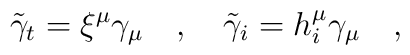
\tilde{\gamma}_t=\xi^\mu\gamma_\mu~~~,~~~ \tilde{\gamma}_i=h_i^\mu \gamma_\mu~~~,